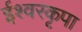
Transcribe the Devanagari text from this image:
ईश्वरकृपा